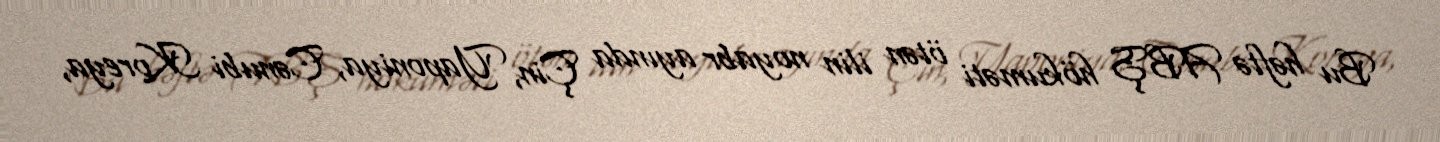
Bu həftə ABŞ hökuməti ötən ilin noyabr ayında Çin, Yaponiya, Cənubi Koreya,